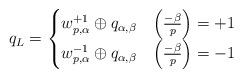
LaTeX: \begin{align*}q_L = \begin{cases}w^{+1}_{p,\alpha} \oplus q_{\alpha, \beta} & \left( \frac{-\beta}{p} \right) = +1\\w^{-1}_{p,\alpha} \oplus q_{\alpha, \beta} & \left( \frac{-\beta}{p} \right) = -1\\\end{cases}\end{align*}